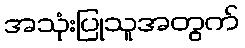
အသုံးပြုသူအတွက်